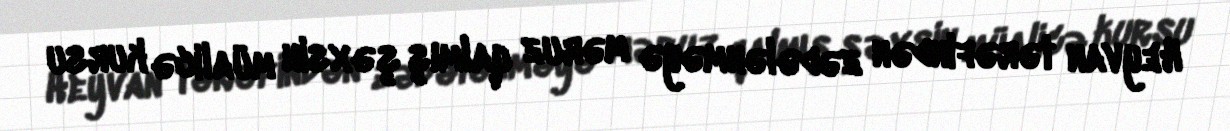
Heyvan tərəfindən zədələnməyə məruz qalmış şəxsin müalicə kursu